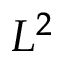
L ^ { 2 }